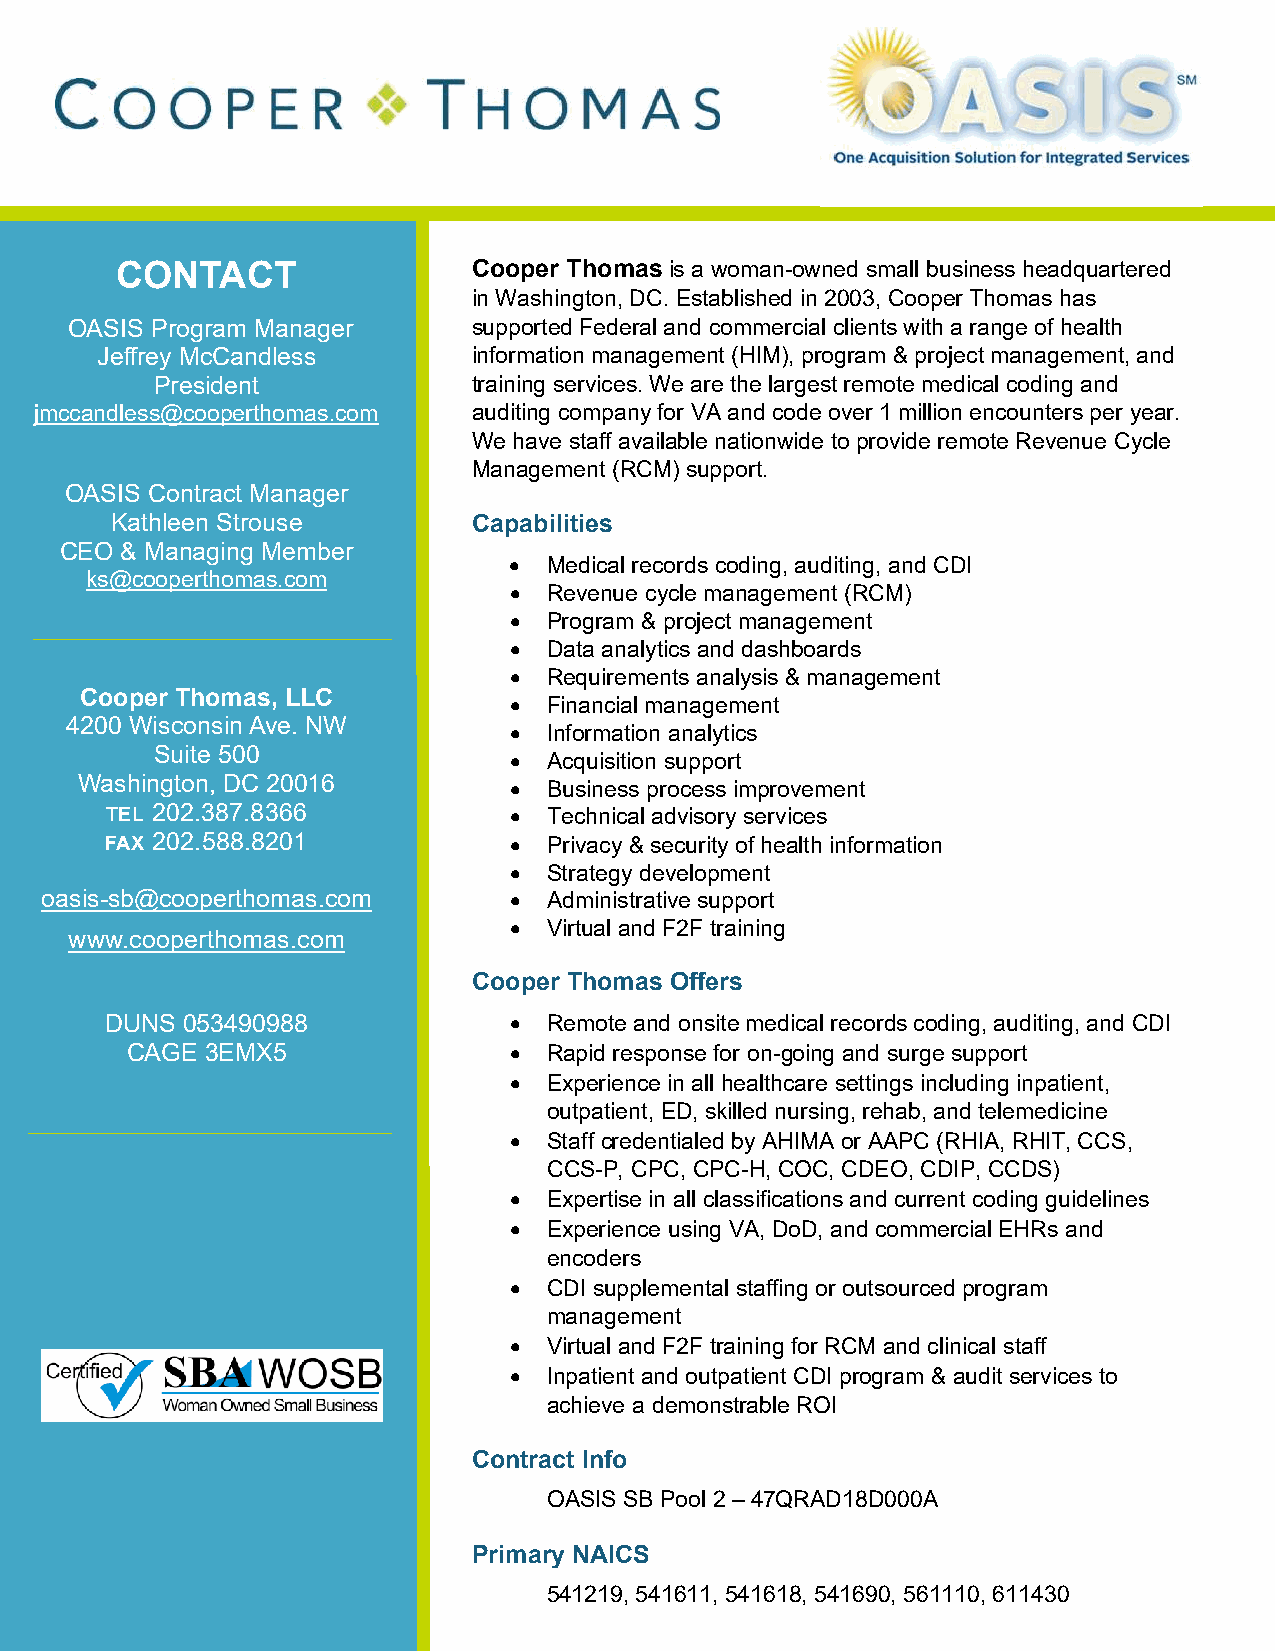
CONTACT                Cooper Thomas is a woman-owned small business headquartered
 in Washington, DC. Established in 2003, Cooper Thomas has
 OASIS Program Manager      supported Federal and commercial clients with a range of health
 Jeffrey McCandless       information management (HIM), program & project management, and
 President            training services. We are the largest remote medical coding and
 jmccandless@cooperthomas.com auditing company for VA and code over 1 million encounters per year.
 We have staff available nationwide to provide remote Revenue Cycle
 Management (RCM) support.
 OASIS Contract Manager
 Kathleen Strouse        Capabilities
 CEO & Managing Member
 • Medical records coding, auditing, and CDI
 ks@cooperthomas.com
 • Revenue cycle management (RCM)
 • Program & project management
 • Data analytics and dashboards
 • Requirements analysis & management
 Cooper Thomas, LLC           • Financial management
 4200 Wisconsin Ave. NW        • Information analytics
 Suite 500               • Acquisition support
 Washington, DC 20016         • Business process improvement
 TEL 202.387.8366           • Technical advisory services
 FAX 202.588.8201           • Privacy & security of health information
 • Strategy development
 oasis-sb@cooperthomas.com      • Administrative support
 • Virtual and F2F training
 www.cooperthomas.com
 Cooper Thomas Offers
 DUNS 053490988             • Remote and onsite medical records coding, auditing, and CDI
 CAGE  3EMX5               • Rapid response for on-going and surge support
 • Experience in all healthcare settings including inpatient,
 outpatient, ED, skilled nursing, rehab, and telemedicine
 • Staff credentialed by AHIMA or AAPC (RHIA, RHIT, CCS,
 CCS-P, CPC, CPC-H, COC, CDEO, CDIP, CCDS)
 • Expertise in all classifications and current coding guidelines
 • Experience using VA, DoD, and commercial EHRs and
 encoders
 • CDI supplemental staffing or outsourced program
 management
 • Virtual and F2F training for RCM and clinical staff
 • Inpatient and outpatient CDI program & audit services to
 achieve a demonstrable ROI
 Contract Info
 OASIS SB Pool 2 – 47QRAD18D000A
 Primary NAICS
 541219, 541611, 541618, 541690, 561110, 611430